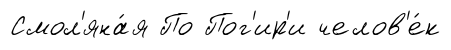
Смол'яна́я По Пог'ир'и челов'е́к